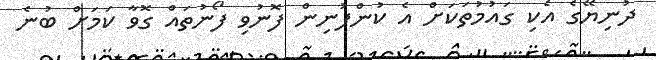
ދުނިޔޭގެ އެކި ގައުމުތަކަށް އެ ކުންފުނިން ފޮނުވި ފޯނުތައް ގޮވާ ކަމަށް ބުނެ